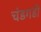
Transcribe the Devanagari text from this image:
चंडगडी